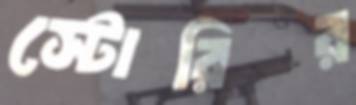
স্টোরির